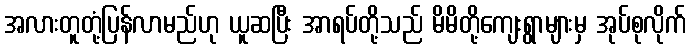
အလားတူတုံ့ပြန်လာမည်ဟု ယူဆပြီး အာရပ်တို့သည် မိမိတို့ကျေးရွာများမှ အုပ်စုလိုက်